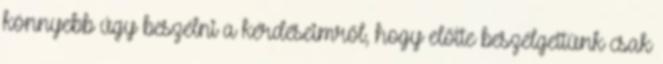
könnyebb úgy beszélni a kérdéseimről, hogy előtte beszélgettünk csak